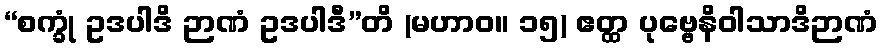
“စက္ခုံ ဥဒပါဒိ ဉာဏံ ဥဒပါဒီ”တိ (မဟာဝ။ ၁၅) ဧတ္ထ ပုဗ္ဗေနိဝါသာဒိဉာဏံ